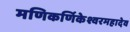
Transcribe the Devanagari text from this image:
मणिकर्णिकेश्वरमहादेव